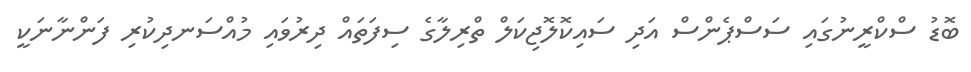
ބޮޑު ސްކްރީނުގައި ސަސްޕެންސް އަދި ސައިކޮލޮޖިކަލް ތްރިލާގެ ސިފަތައް ދިރުވައި މުއްސަނދިކުރި ފަންނާނަކީ